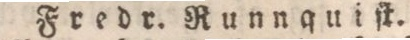
Fredr. Runnquiſt.